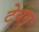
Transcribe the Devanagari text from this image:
टेय्रन्